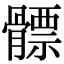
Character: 𩪊